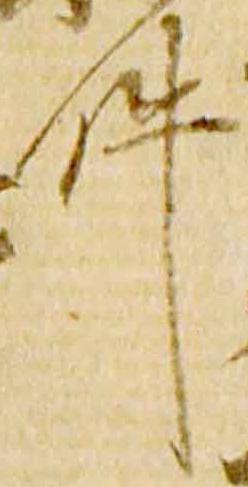
件